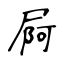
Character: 屙